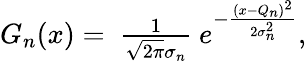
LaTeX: \begin{array}{r}{G_{n}(x)=\ \frac{1}{\sqrt{2\pi}\sigma_{n}}\ e^{-\frac{(x-Q_{n})^{2}}{2\sigma_{n}^{2}}},}\end{array}